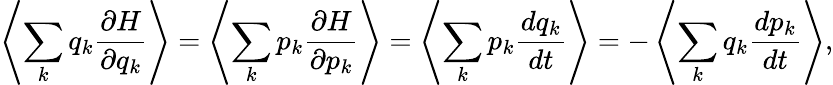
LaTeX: \left\langle\sum_{k}q_{k}{\frac{\partial H}{\partial q_{k}}}\right\rangle=\left\langle\sum_{k}p_{k}{\frac{\partial H}{\partial p_{k}}}\right\rangle=\left\langle\sum_{k}p_{k}{\frac{dq_{k}}{dt}}\right\rangle=-\left\langle\sum_{k}q_{k}{\frac{dp_{k}}{dt}}\right\rangle,